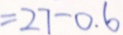
= 2 7 - 0 . 6